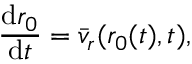
\frac { \mathrm { d } r _ { 0 } } { \mathrm { d } t } = \bar { v } _ { r } ( r _ { 0 } ( t ) , t ) ,